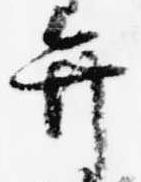
弁